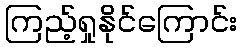
ကြည့်ရှုနိုင်ကြောင်း